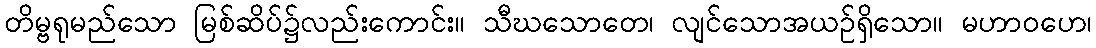
တိမ္ဗရုမည်သော မြစ်ဆိပ်၌လည်းကောင်း။ သီဃသောတေ၊ လျင်သောအယဉ်ရှိသော။ မဟာဝဟေ၊